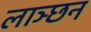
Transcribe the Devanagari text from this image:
लाञ्छन